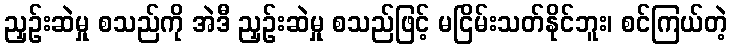
ညှဉ်းဆဲမှု စသည်ကို အဲဒီ ညှဉ်းဆဲမှု စသည်ဖြင့် မငြိမ်းသတ်နိုင်ဘူး၊ စင်ကြယ်တဲ့